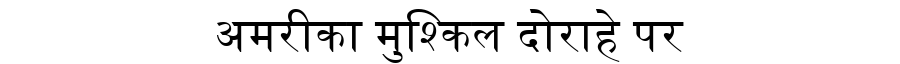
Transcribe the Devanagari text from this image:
अमरीका मुश्किल दोराहे पर